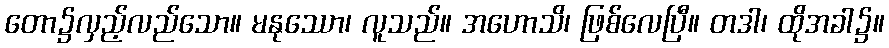
တော၌လှည့်လည်သော။ မနုဿော၊ လူသည်။ အဟောသိ၊ ဖြစ်လေပြီ။ တဒါ၊ ထိုအခါ၌။